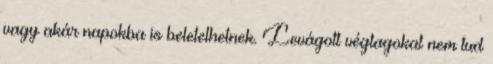
vagy akár napokba is beletelhetnek. Levágott végtagokat nem tud